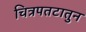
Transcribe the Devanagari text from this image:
चित्रपतटातुन